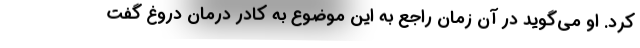
کرد. او می‌گوید در آن زمان راجع به این موضوع به کادر درمان دروغ گفت